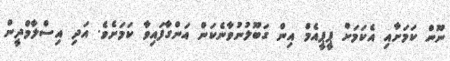
ނޫން ކަމަށާއި އެކަމަށް ޕީޕީއެމް އިން ގަބޫލުނުވާނެކަން އަންގާފައިވާ ކަމަށެވެ. އަދި އިސްލާމްދީން